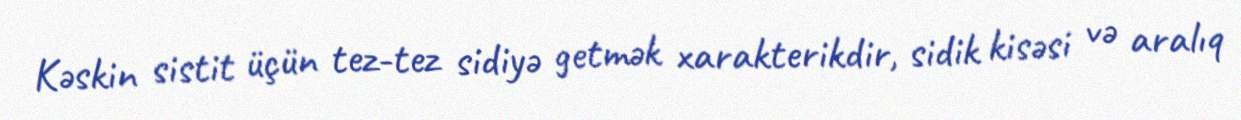
Kəskin sistit üçün tez-tez sidiyə getmək xarakterikdir, sidik kisəsi və aralıq